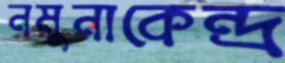
নমুনাকেন্দ্র